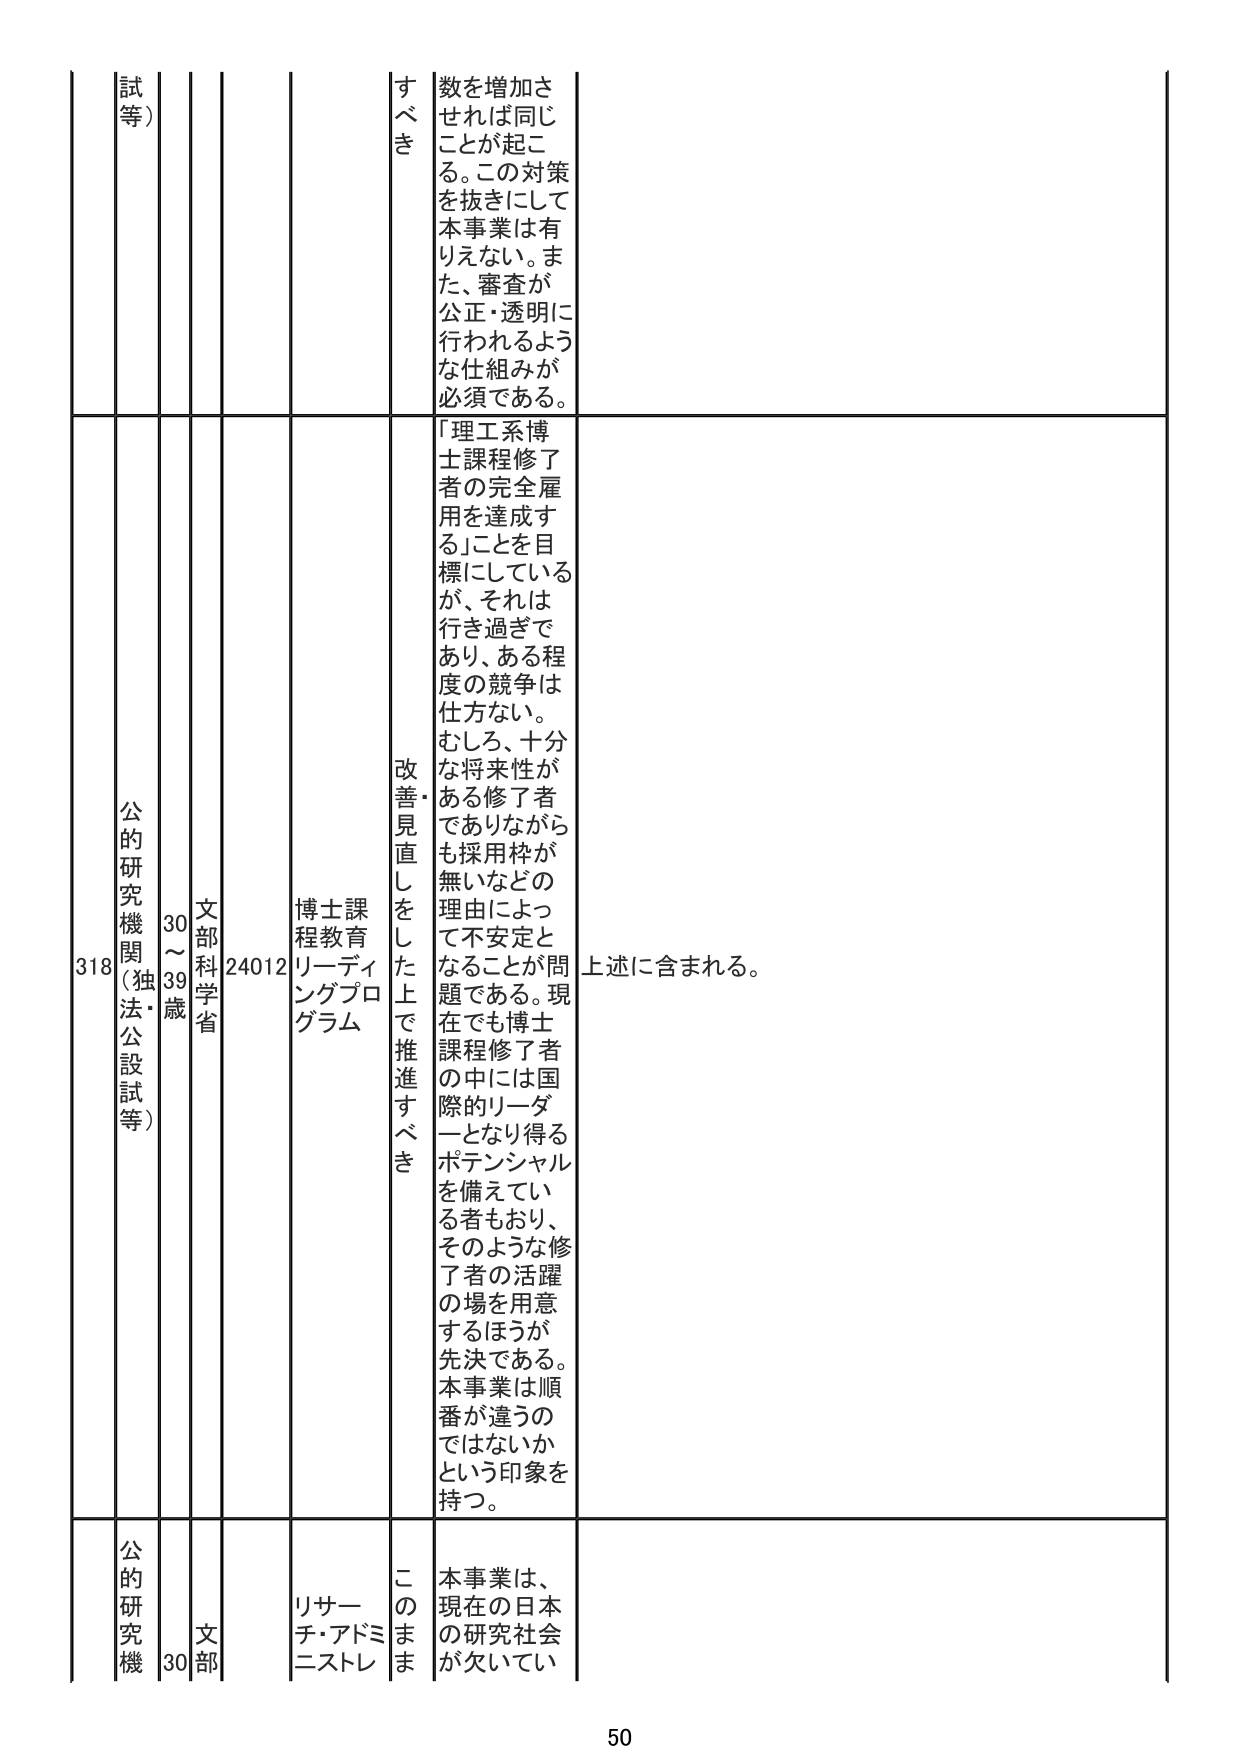
318 公的研究機関（独法・公設試等） 30～39歳 文部科学省 24012 博士課程教育リーディングプログラム すべき 数を増加させれば同じことが起こる。この対策を抜きにして本事業は有りえない。また、審査が公正・透明に行われるような仕組みが必須である。 改善・見直しをした上で推進すべき 「理工系博士課程修了者の完全雇用を達成する」ことを目標にしているが、それは行き過ぎであり、ある程度の競争は仕方ない。むしろ、十分な将来性がある修了者でありながらも採用枠が無いなどの理由によって不安定となることが問題である。現在でも博士課程修了者の中には国際的リーダーとなり得るポテンシャルを備えている者もおり、そのような修了者の活躍の場を用意するほうが先決である。本事業は順番が違うのではないかという印象を持つ。 上述に含まれる。 公的研究機関 30 文部 リサーチ・アドミニストレ このまま 本事業は、現在の日本の研究社会が欠いてい 50